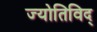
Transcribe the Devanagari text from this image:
ज्योतिविद्